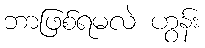
ဘာဖြစ်ရမလဲ ဟွန်း